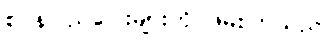
စပိန်ပြည်ပြေးများကို ဖမ်းကြသည်။